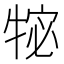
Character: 𭷩